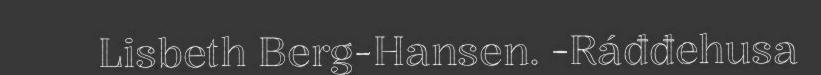
Lisbeth Berg-Hansen. -Ráđđehusa